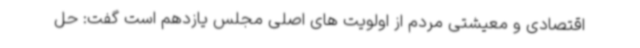
اقتصادی و معیشتی مردم از اولویت های اصلی مجلس یازدهم است گفت: حل